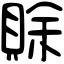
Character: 賖